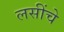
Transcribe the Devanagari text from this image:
लसींचे